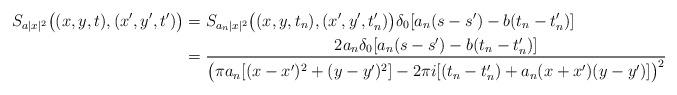
LaTeX: \begin{align*}S_{a|x|^2}\big((x,y,t),(x',y',t')\big) &= S_{a_n |x|^2}\big((x,y,t_n),(x',y',t_n')\big) \delta_0[a_n(s-s') - b(t_n-t_n')] \\&= \frac{2 a_n \delta_0[a_n(s-s') - b(t_n-t_n')]}{\bigl(\pi a_n[(x-x')^{2} + (y-y')^{2}] - 2\pi i[(t_n-t_n')+a_n(x+x')(y-y')]\bigr)^{2}}\end{align*}